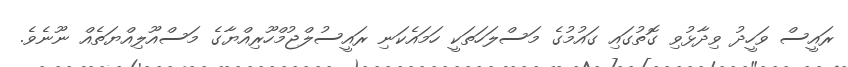
ރައީސް ވަހީދު ވިދާޅުވި ގޮތުގައި ގައުމުގެ މަސްލަހަތަކީ ހަމައެކަނި ރައީސުލްޖުމްހޫރިއްޔާގެ މަސްއޫލިއްޔަތެއް ނޫނެވެ.